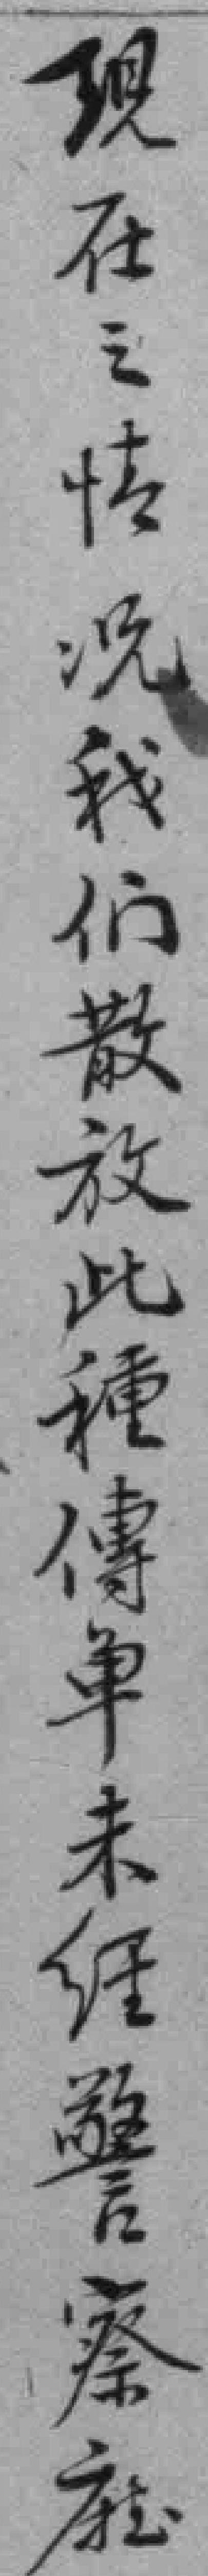
現在之情况我们散放此種傳单未經警察廳